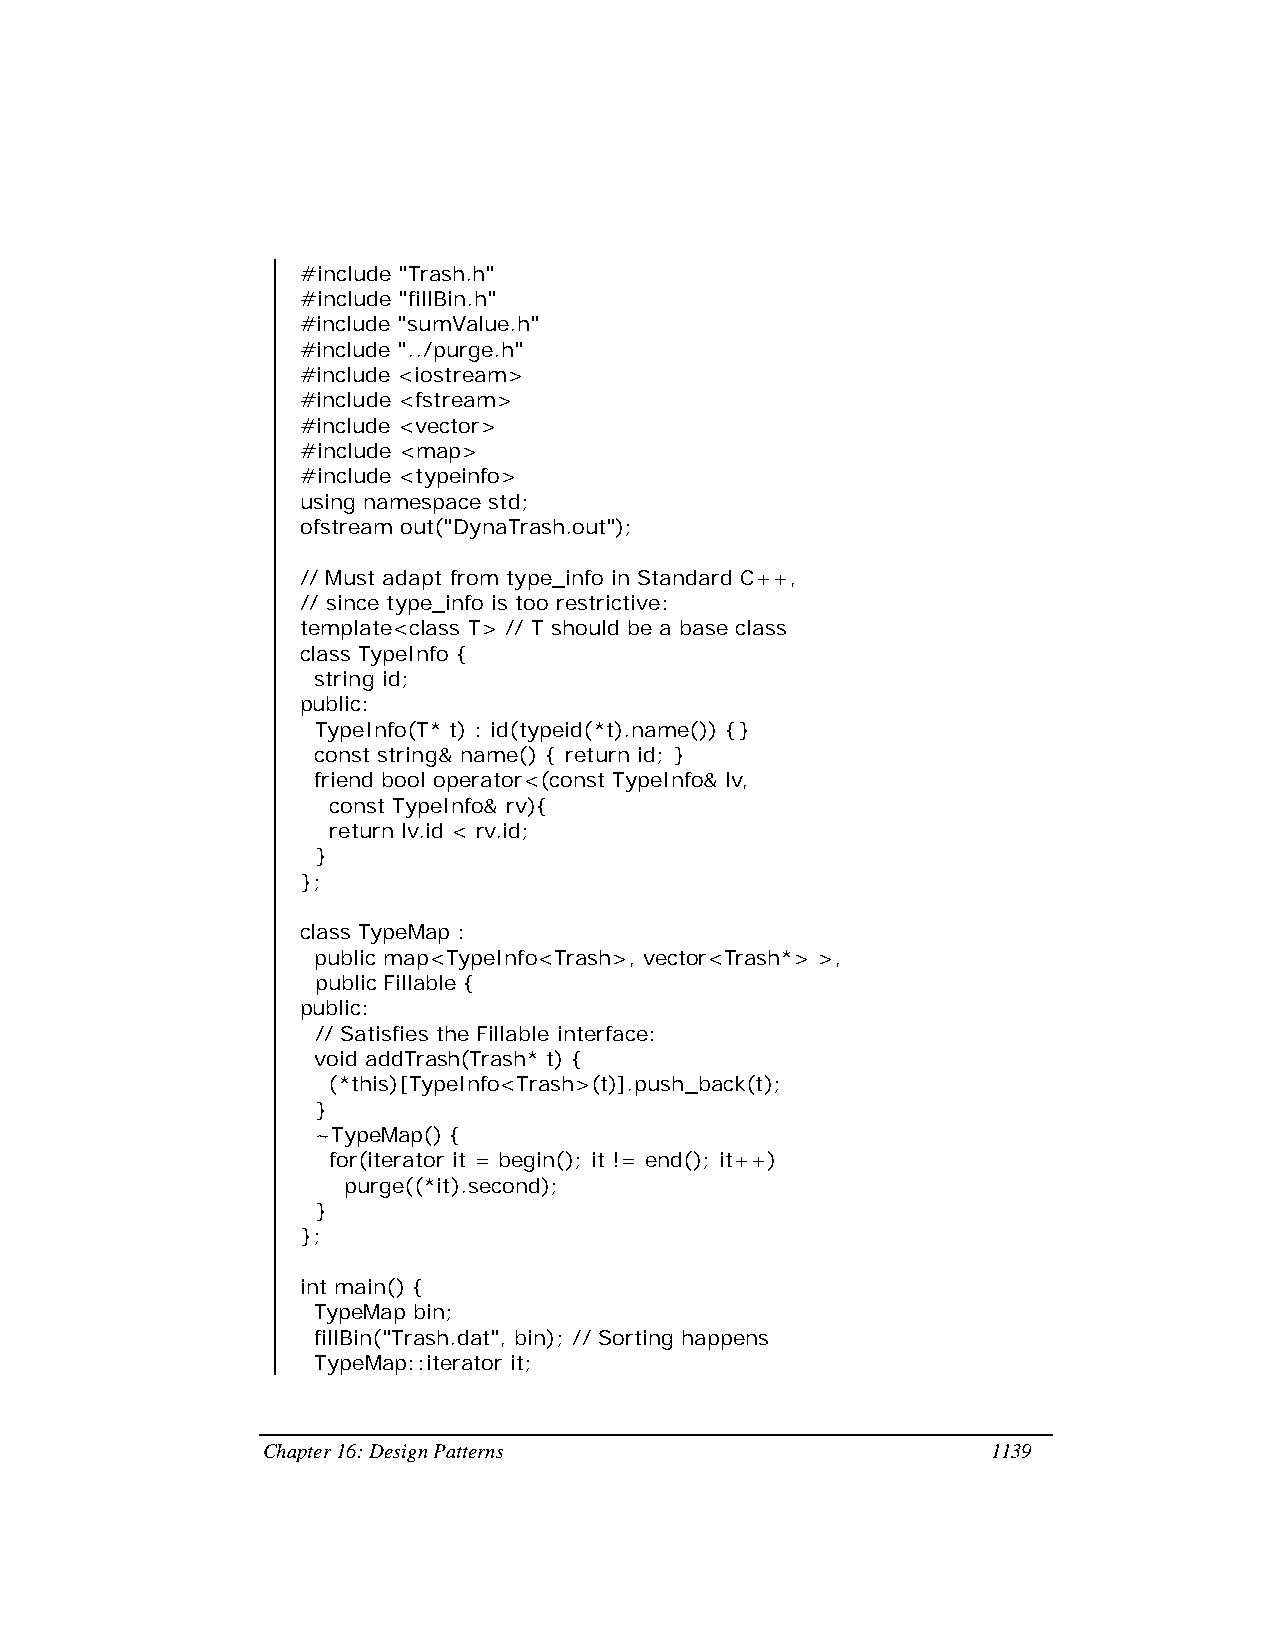
#include "Trash.h"
 #include "fillBin.h"
 #include "sumValue.h"
 #include "../purge.h"
 #include <iostream>
 #include <fstream>
 #include <vector>
 #include <map>
 #include <typeinfo>
 using namespace std;
 ofstream out("DynaTrash.out");
 // Must adapt from type_info in Standard C++,
 // since type_info is too restrictive:
 template<class T> // T should be a base class
 class TypeInfo {
 string id;
 public:
 TypeInfo(T* t) : id(typeid(*t).name()) {}
 const string& name() { return id; }
 friend bool operator<(const TypeInfo& lv,
 const TypeInfo& rv){
 return lv.id < rv.id;
 }
 };
 class TypeMap :
 public map<TypeInfo<Trash>, vector<Trash*> >,
 public Fillable {
 public:
 // Satisfies the Fillable interface:
 void addTrash(Trash* t) {
 (*this)[TypeInfo<Trash>(t)].push_back(t);
 }
 ~TypeMap() {
 for(iterator it = begin(); it != end(); it++)
 purge((*it).second);
 }
 };
 int main() {
 TypeMap bin;
 fillBin("Trash.dat", bin); // Sorting happens
 TypeMap::iterator it;
 Chapter 16: Design Patterns                      1139